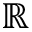
\mathbb { R }